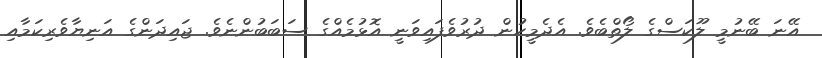
އޭނަ ބޭނުމީ ލޫކަސްގެ ލޯތްބެވެ. އެދެމީހުން ދުރުވެފައިވަނީ އޮޅުމެއްގެ ސަބަބުންނެވެ. ޖައިދަންގެ އަނިޔާވެރިކަމާއި